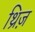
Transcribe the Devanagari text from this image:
थ्रिज़